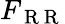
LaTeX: F_{\mathrm{~R~R~}}